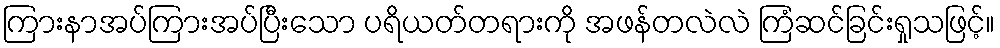
ကြားနာအပ်ကြားအပ်ပြီးသော ပရိယတ်တရားကို အဖန်တလဲလဲ ကြံဆင်ခြင်းရှုသဖြင့်။